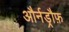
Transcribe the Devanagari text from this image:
और्नड्रौफ़